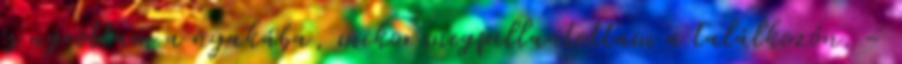
és ugrottam a nyakába, mikor megpillantottam a találkozón. -